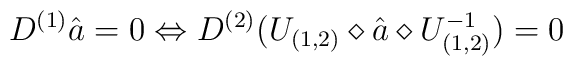
D^{(1)} \hat{a} =0 \Leftrightarrow D^{(2)}( U_{(1,2)} \diamond\hat{a} \diamond U_{(1,2)}^{-1}) = 0